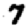
Digit: 7